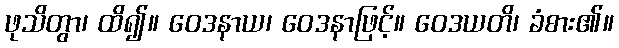
ဖုသိတွာ၊ ထိ၍။ ဝေဒနာယ၊ ဝေဒနာဖြင့်။ ဝေဒယတိ၊ ခံစား၏။